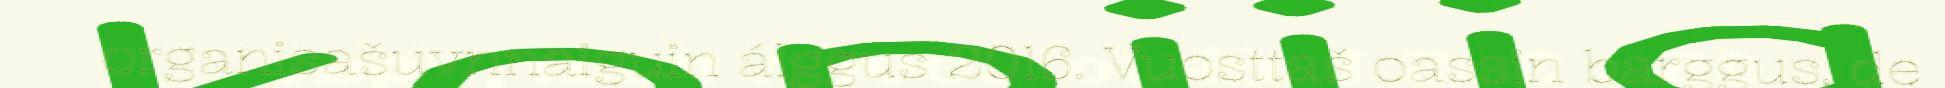
organisašuvnnaiguin álggus 2016. Vuosttaš oassin barggus, de